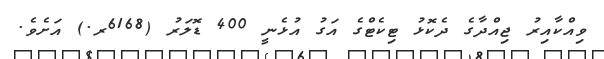
ވިއްކާއިރު ޖިއްދާގެ ދެކޮޅު ޓިކެޓްގެ އަގު އުޅެނީ 400 ޑޮލަރު (6168ރ.) އަށެވެ.